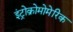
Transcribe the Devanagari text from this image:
इंट्रोक्रोमोमेरिक